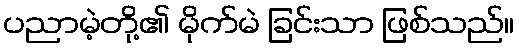
ပညာမဲ့တို့၏ မိုက်မဲ ခြင်းသာ ဖြစ်သည်။